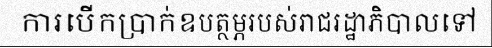
ការបើកប្រាក់ឧបត្ថម្ភរបស់រាជរដ្ឋាភិបាលទៅ